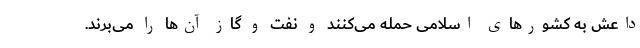
داعش به کشور‌های اسلامی حمله می‌کنند و نفت و گاز آن‌ها را می‌برند.